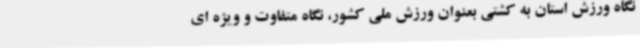
نگاه ورزش استان به کشتی بعنوان ورزش ملی کشور، نگاه متفاوت و ویژه ای